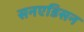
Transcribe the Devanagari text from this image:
सनएडिसन